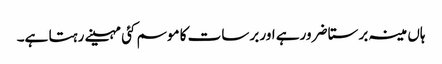
ہاں مینہ برستا ضرورہے اور برسات کا موسم کئی مہینے رہتا ہے۔